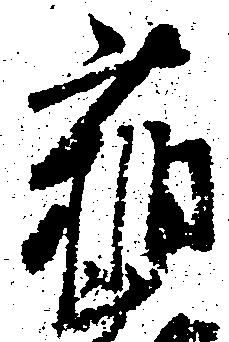
稲